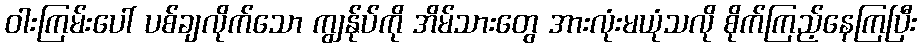
ဝါးကြမ်းပေါ် ပစ်ချလိုက်သော ကျွန်ုပ်ကို အိမ်သားတွေ အားလုံးမယုံသလို စိုက်ကြည့်နေကြပြီး